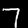
Label: 7